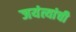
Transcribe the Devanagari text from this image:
जयंत्यांची